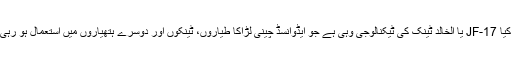
لیکن کیا JF-17 یا الخالد ٹینک کی ٹیکنالوجی وہی ہے جو ایڈوانسڈ چینی لڑاکا طیاروں، ٹینکوں اور دوسرے ہتھیاروں میں استعمال ہو رہی ہے؟